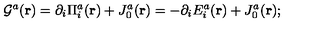
{ \cal { G } } ^ { a } ( { \bf { r } } ) = \partial _ { i } { \Pi } _ { i } ^ { a } ( { \bf { r } } ) + J _ { 0 } ^ { a } ( { \bf { r } } ) = - \partial _ { i } E _ { i } ^ { a } ( { \bf { r } } ) + J _ { 0 } ^ { a } ( { \bf { r } } ) ;